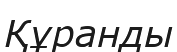
Құранды